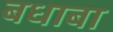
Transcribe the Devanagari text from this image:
बधाबा